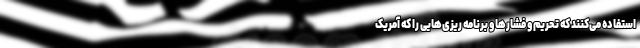
استفاده می‌کنند که تحریم و فشار‌ها و برنامه ریزی‌هایی را که آمریک